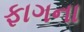
ફાગના